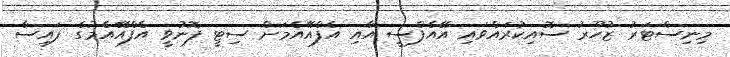
މިނިސްޓަރު ޒުހޫރު ސޮއިކުރައްވައި އޭއެފްސީ އާއި އެފްއޭއެމަށް ސިޓީ ފޮނުވީ އެފްއޭއެމުގެ ފައިސާ